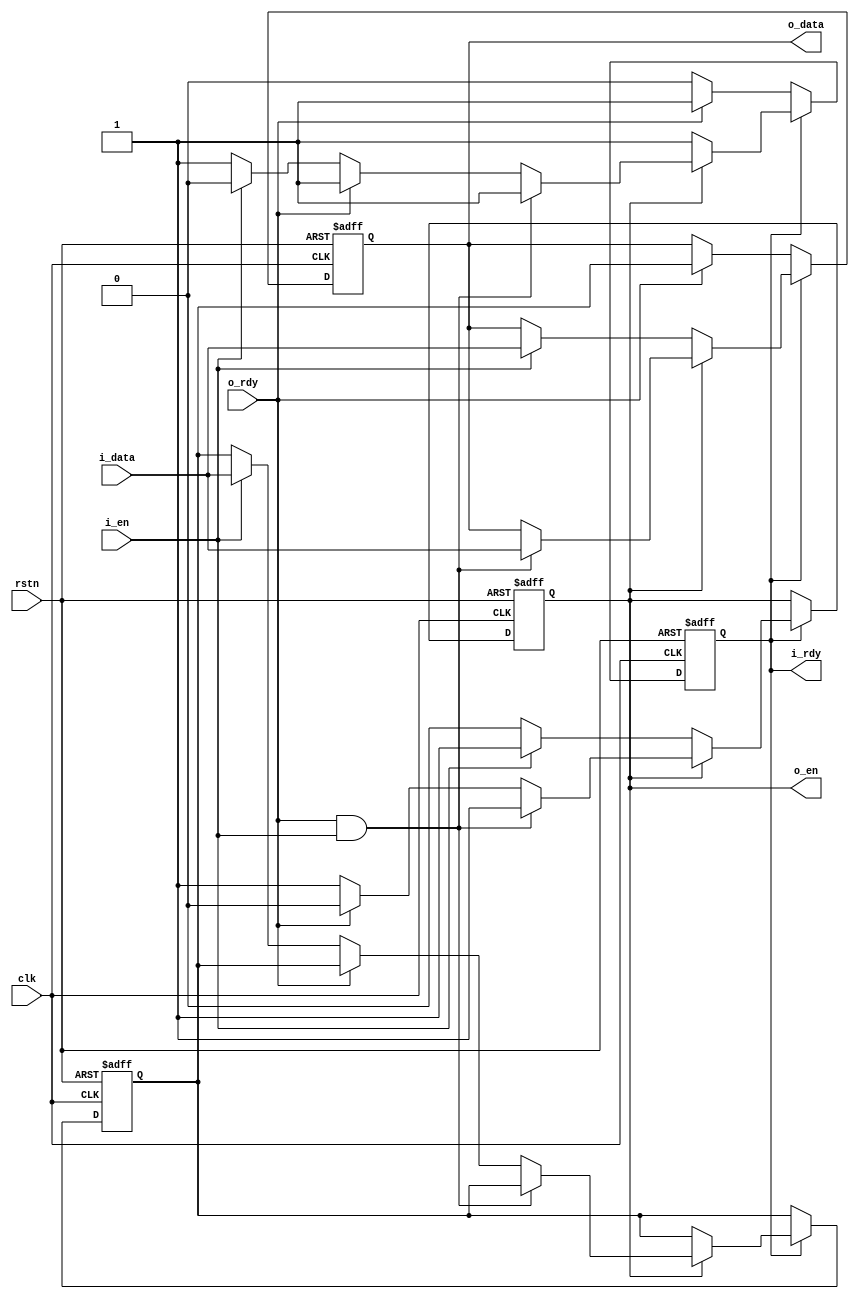

module fifo2_for_input (
    input  wire       rstn,
    input  wire       clk,
    output wire       i_rdy,
    input  wire       i_en,
    input  wire [8:0] i_data,
    input  wire       o_rdy,
    output wire       o_en,
    output wire [8:0] o_data
);


reg       data1_en   = 1'b0;                 // fifo data1 exist
reg       data2_en_n = 1'b1;                 // fifo data2 exist (n)
reg [8:0] data1      = 0;                    // fifo data1
reg [8:0] data2      = 0;                    // fifo data2

assign    i_rdy  = data2_en_n;               // input ready when not full
assign    o_en   = data1_en;                 // output valid when not empty
assign    o_data = data1;

always @ (posedge clk or negedge rstn)
    if (~rstn) begin
        data1_en   <= 1'b0;
        data2_en_n <= 1'b1;
        data1      <= 0;
        data2      <= 0;
    end else begin
        if          (~data2_en_n) begin      // full (data2 exist)
            if (o_rdy) begin                 // allow output
                data2_en_n <= 1'b1;          // set data2 to not exist
                data1      <= data2;         // data2 -> data1
            end
        end else if (data1_en) begin         // half full (data1 exist, but data2 not exist)
            if (o_rdy & i_en) begin          // allow both output and input simultaneously
                data1      <= i_data;        // i_data -> data1
            end else if (o_rdy) begin        // only allow output
                data1_en   <= 1'b0;          // set data1 to not exist
            end else if (i_en) begin         // only allow input
                data2_en_n <= 1'b0;          // set data1 to exist
                data2      <= i_data;        // i_data -> data2
            end
        end else begin                       // empty (both data1 & data2 not exist)
            if (i_en) begin                  // allow input
                data1_en   <= 1'b1;          // set data1 to exist
                data1      <= i_data;        // i_data -> data1
            end
        end
    end

endmodule